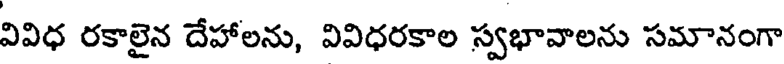
వివిధ రకాలైన దేహాలను, వివిధరకాల స్వభావాలను సమానంగా